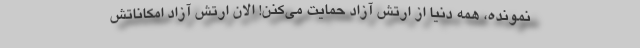
نمونده، همه دنیا از ارتش آزاد حمایت می‌کنن! الان ارتش آزاد امکاناتش